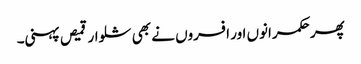
پھر حکمرانوں اور افسروں نے بھی شلوار قمیص پہنی۔